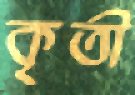
কৃতী